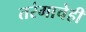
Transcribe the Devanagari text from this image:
तरंगाचेही